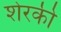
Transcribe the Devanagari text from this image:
शेरकी